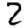
Digit: 2